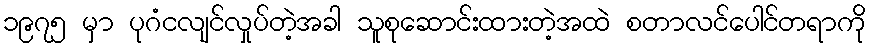
၁၉၇၅ မှာ ပုဂံငလျင်လှုပ်တဲ့အခါ သူစုဆောင်းထားတဲ့အထဲ စတာလင်ပေါင်တရာကို